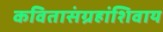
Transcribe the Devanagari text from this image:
कवितासंग्रहांशिवाय